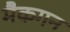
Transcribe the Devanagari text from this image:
मैकगन